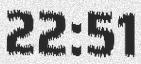
22:51